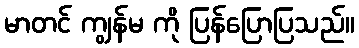
မာတင် ကျွန်မ ကို ပြန်ပြောပြသည်။